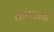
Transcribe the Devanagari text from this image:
वांग्कायो